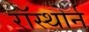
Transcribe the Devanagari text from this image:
रॉस्थोर्न